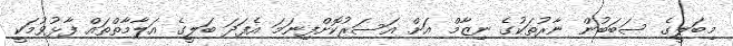
މިބަލީގެ ސަބަބުން ނާރުތަކުގެ ނިޒާމް އަށް އަސަރުކޮށްފިނަމަ އެފަދަ ބަލީގެ އަލާމާތްތައް ފާޅުވުމަކީ